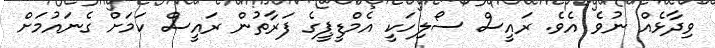
ވިދާޅެއް ނުވެ އެވެ. ރައީސް ސޯލިހަކީ އެމްޑީޕީގެ ފަރާތުން ރައީސް ކަމަށް ގެނައުމަށް